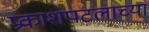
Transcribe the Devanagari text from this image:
प्रकाशपटलाच्या